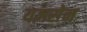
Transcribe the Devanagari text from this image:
यज्ञसेन